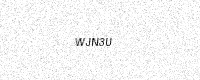
Text: WJN3U